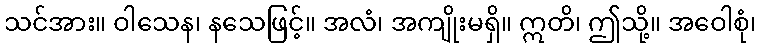
သင်အား။ ဝါသေန၊ နသေဖြင့်။ အလံ၊ အကျိုးမရှိ။ ဣတိ၊ ဤသို့။ အဝေါစုံ၊